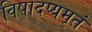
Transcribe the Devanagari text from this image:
विषादप्यमृतं